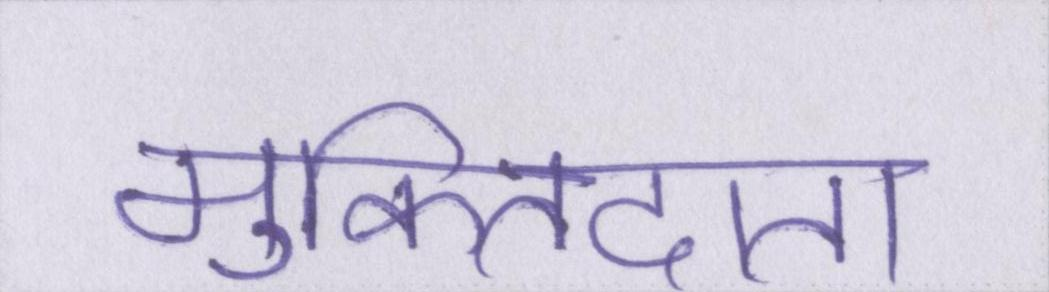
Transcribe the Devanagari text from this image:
मुक्तिदाता